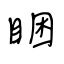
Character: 睏